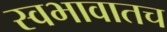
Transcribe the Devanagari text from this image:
स्वभावातच